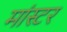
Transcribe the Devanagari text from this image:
मांस्टर